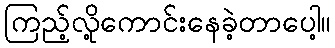
ကြည့်လို့ကောင်းနေခဲ့တာပေါ့။